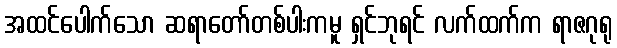
အထင်ပေါက်သော ဆရာတော်တစ်ပါးကမူ ရှင်ဘုရင် လက်ထက်က ရာဇဂုရု